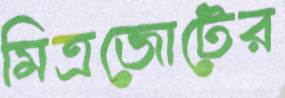
মিত্রজোটের